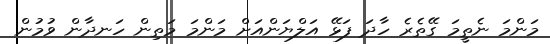
މަންމަ ނެތީމަ ގޭތެރެ ހާދަ ފަޅޭ އަލްޔަންއަށް މަންމަ މަތިން ހަނދާން ވުމުން